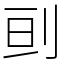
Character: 刯